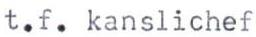
t.f. kanslichef